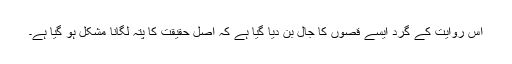
اس روایت کے گرد ایسے قصوں کا جال بُن دیا گیا ہے کہ اصل حقیقت کا پتہ لگانا مشکل ہو گیا ہے۔